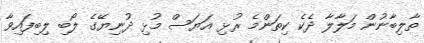
ތާލިބާނުން މަލާލާ ދެކެ ކިތަންމެ ރުޅި އަޔަސް މުޅި ދުނިޔޭގެ ލޯބި ލިބިފައިވާ